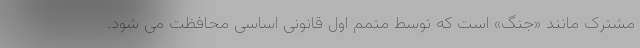
مشترک مانند «جنگ» است که توسط متمم اول قانونی اساسی محافظت می شود.